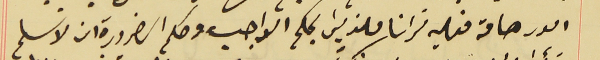
امور هامة فعليه ترانا ملزمين بحكم الواجب وحكم الضرورة ان لا نسلم